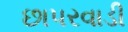
છાપરવાડી